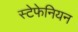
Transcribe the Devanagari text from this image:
स्टेफेनियन